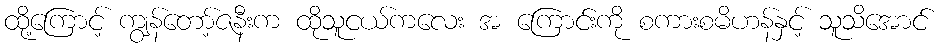
ထို့ကြောင့် ကျွန်တော့်ဇနီးက ထိုသူငယ်ကလေး အ ကြောင်းကို စကားစမိဟန်နှင့် သူသိအောင်